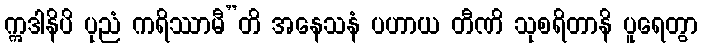
ဣဒါနိပိ ပုညံ ကရိဿာမီ”တိ အနေသနံ ပဟာယ တီဏိ သုစရိတာနိ ပူရေတွာ